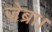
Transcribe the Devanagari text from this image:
ज़ेब्रा।